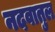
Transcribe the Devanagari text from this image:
नदवातुल